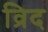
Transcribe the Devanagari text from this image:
व्रिद